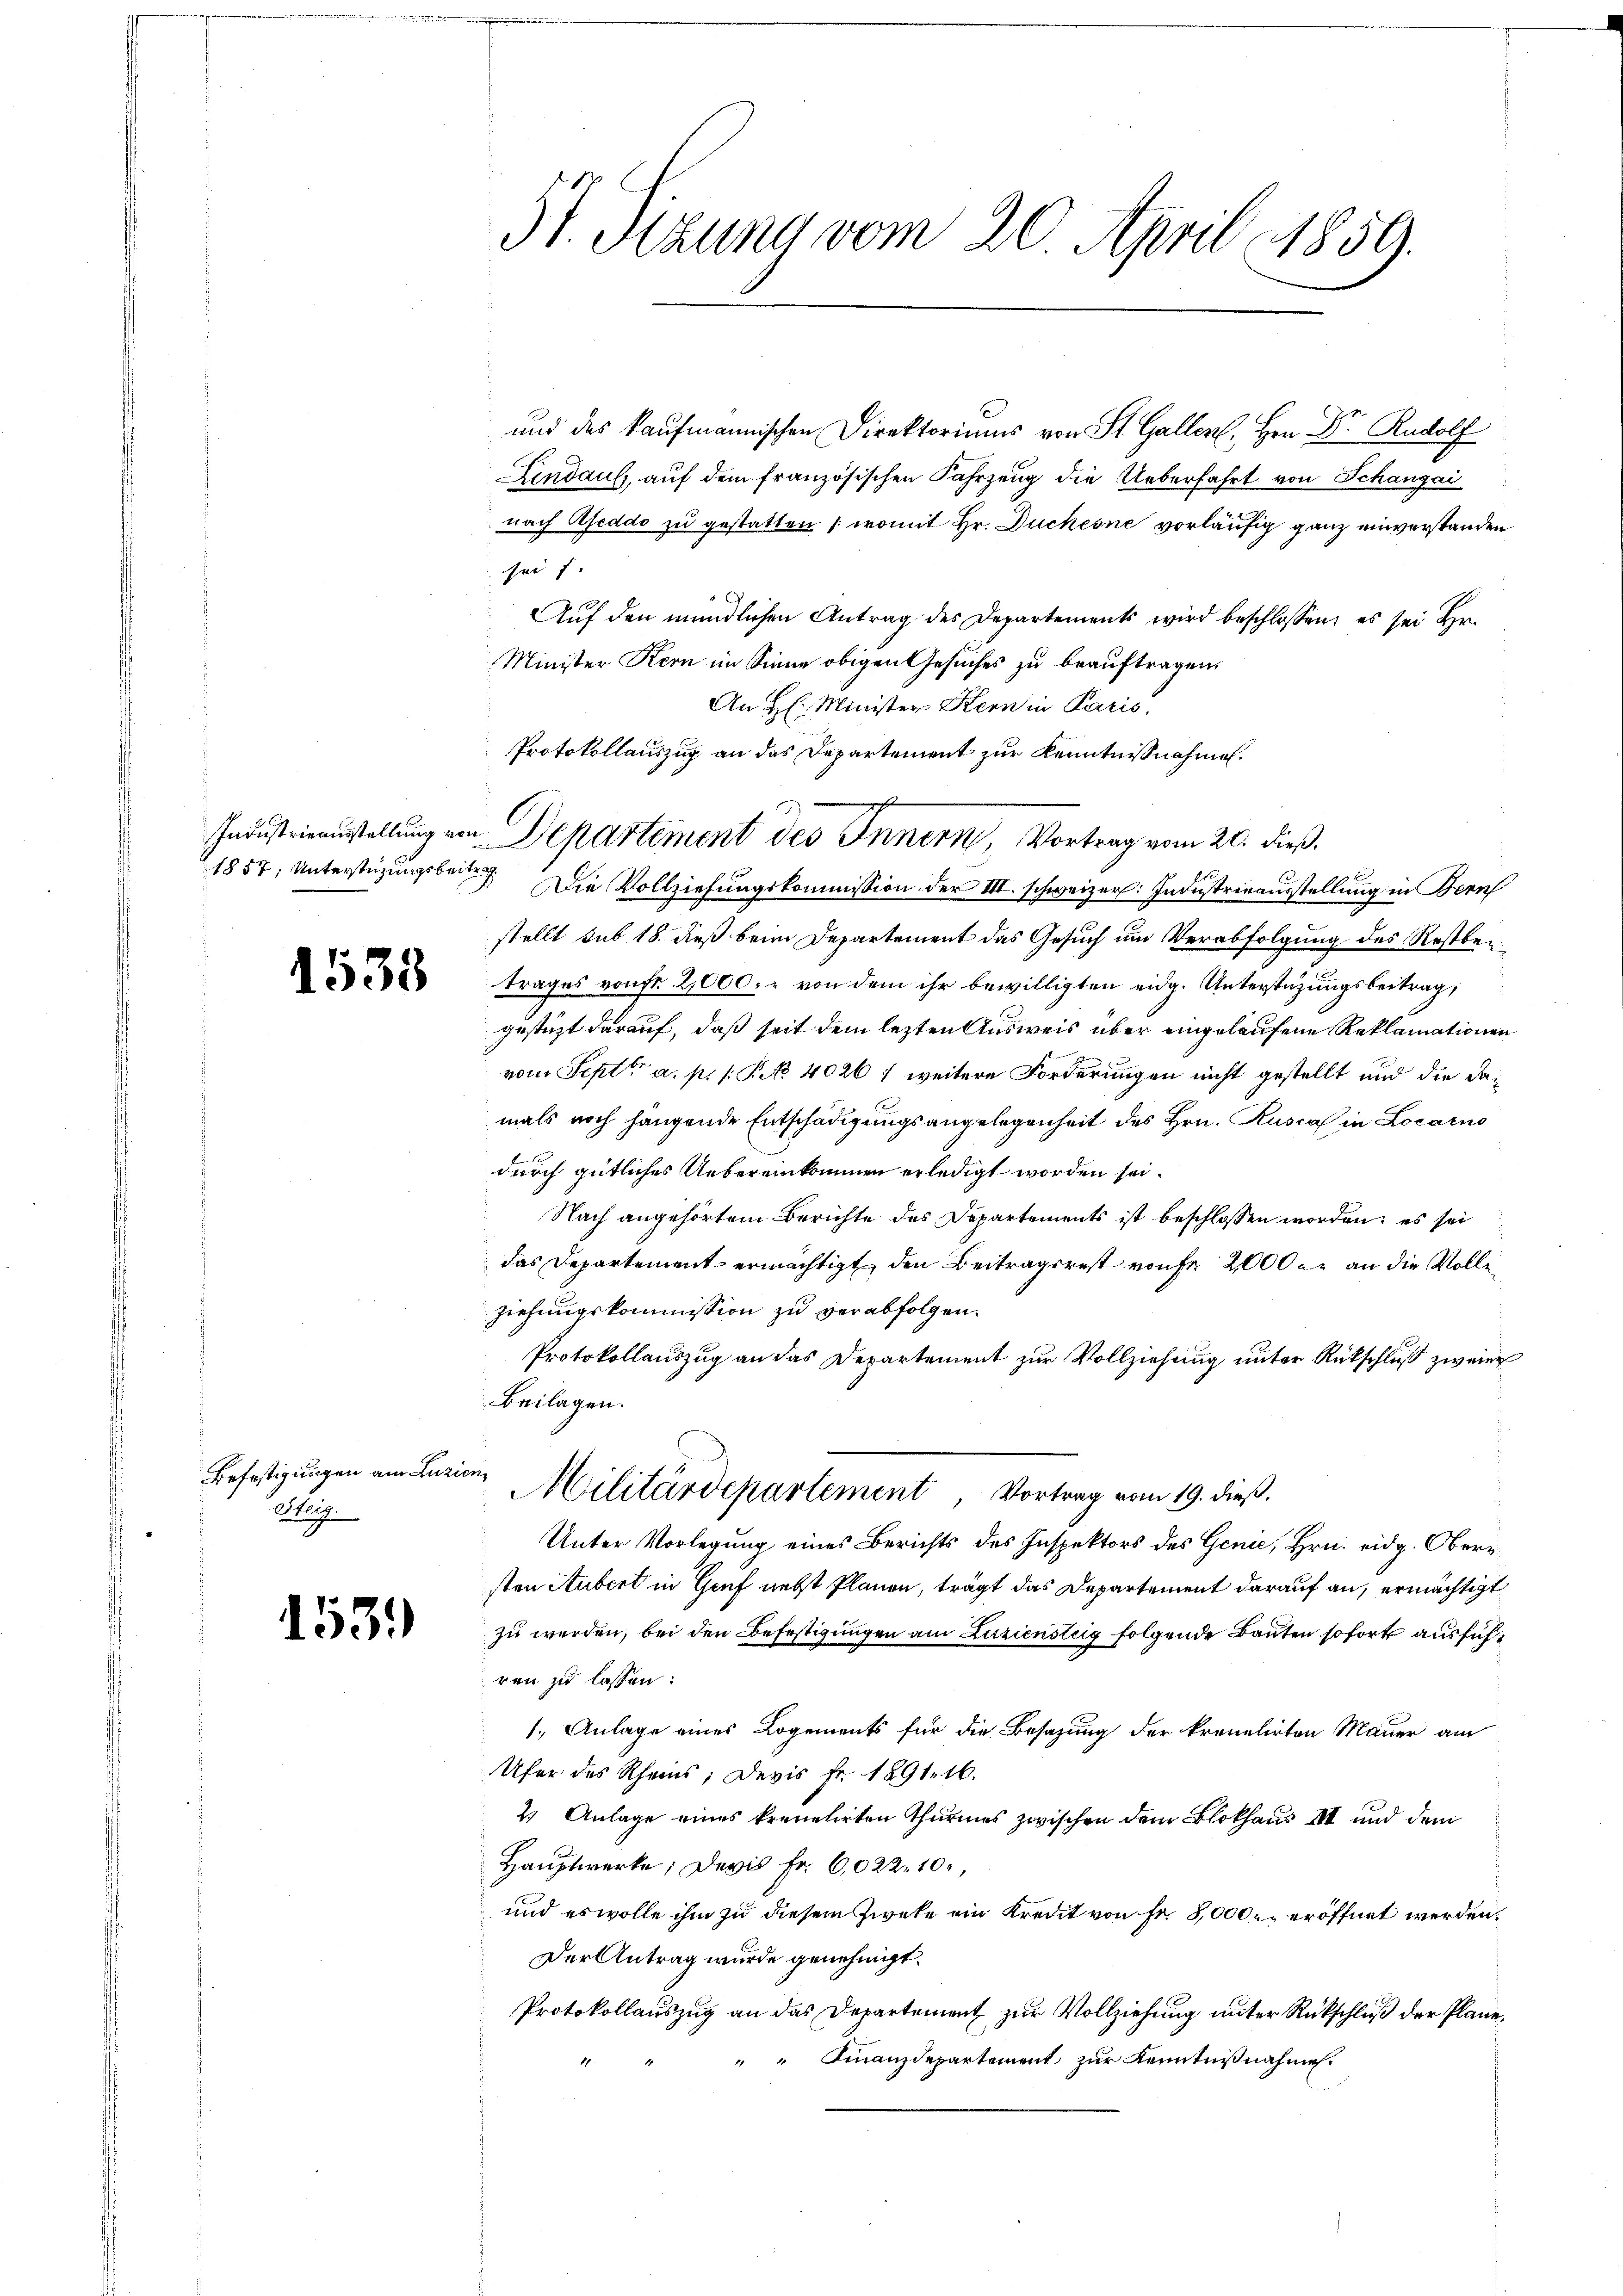
Industrieausstellung von
1857, Unterstüzungsbeite

1538

Befestigungen am Luzić
Steig.

153.

31. Sitzung vom 20. April 1859.

und des kaufmannischen Direktoriums von St. Gallen, Hrn. Dr. Rudolf
Lindaus, auf dem französischen Fahrzeug die Ueberfahrt von Schanzai
nach Aseddo zu gestatten (womit Hr. Duchesne vorläufig ganz einverstanden
sei 7.
Auf den mündlichen Antrag des Departements wird beschlossen; es sei Hr.
Minister Kern im Sinne obigen Gesuches zu beauftragen.
An H: Minister Kern in Paris,
Protokollauszug an das Departement zur Kenntnißnahmen.
Die Vollziehungskommission der III. schweizer. Industrieausstellung in Beruf
stellt sub 18. dieß beim Departement das Gesuch um Verabfolgung des Restbetrages von fr. 22,000, von dem ihr bewilligten eidg. Unterstüzungsbeitrag,
gestüzt darauf, daß seit dem lezten Ausweis über eingelaufene Reklamationen
vom Septbr a. p. 1 Ro. 4026 ; weitere Forderungen nicht gestellt und die damals noch hangende Entschädigungsangelegenheit des Hrn. Rusca in Locarno
durch gütliches Uebereinkommen erledigt worden sei.
Nach angehörtem Berichte des Departements ist beschlossen worden; es sei
das Departement ermächtigt, den Beitragsrest von 2000. an die Volleziehungskommission zu verabfolgen.
Protokollauszug an das Departement zur Vollziehung unter Rückschluß zweier
Beilagen.
Militärdepartement, Vortrag vom 19. dieß.
Unter Vorlegung eines Berichts des Inspektors des Genie, Hrn. eidg. Obere
sten Aubert in Genf nebst Planen, trägt das Departement darauf an, ermächtigt
zu werden, bei den Befestigungen am Zuziensteig folgende Bauten sofort ausführen zu lassen:
1., Anlage eines Logements für die Besazung der kreuelirten Mauer am
Ufer des Rheins; Devis Fr. 1891. 16.
4 Anlage eines kreuelirten Thurmes zwischen dem Blokhaus III und dem
Hauptwerke; Devis Fr. 6,022. 10,
und es wolle ihm zu diesem Zweke ein Kredit von Fr. 8000. eröffnet werden.
Der Antrag wurde genehmigt.
Protokollauszug an das Departement zur Vollziehung unter Rückschluß der Plane,
" Finanzdepartement zur Kenntnißnahmen.

7
S
Departement des Innern, Vortrag vom 20. dieß.